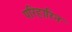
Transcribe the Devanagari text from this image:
परिहारिन